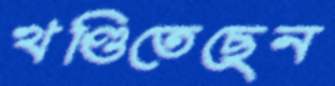
খণ্ডিতেছেন